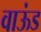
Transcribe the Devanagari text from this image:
वाऊंड